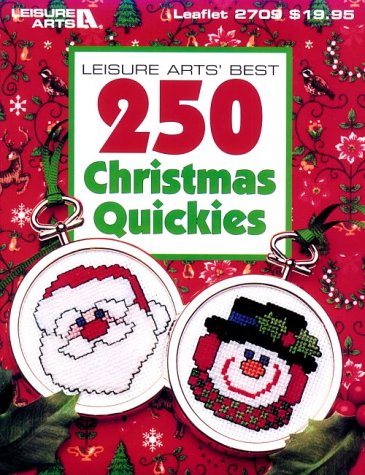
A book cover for Leisure Arts' Best 250 Christmas Quickies; Leisure Arts; Crafts, Hobbies & Home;